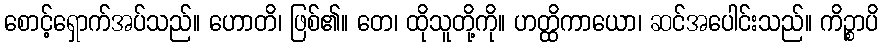
စောင့်ရှောက်အပ်သည်။ ဟောတိ၊ ဖြစ်၏။ တေ၊ ထိုသူတို့ကို။ ဟတ္ထိကာယော၊ ဆင်အပေါင်းသည်။ ကိဉ္စာပိ